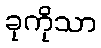
ခုကိုသာ